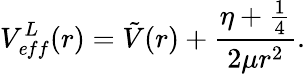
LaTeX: V_{\mathit eff}^{L}(r)=\tilde{V}(r)+\frac{\eta+\frac{1}{4}}{2\mu r^{2}}.